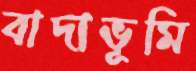
বাদাভূমি